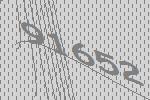
91652